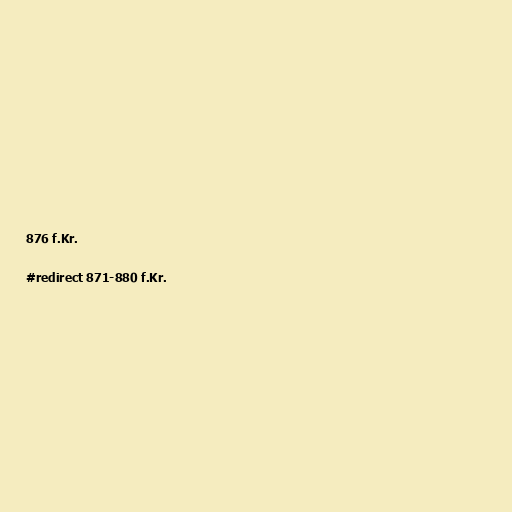
876 f.Kr.

#redirect 871-880 f.Kr.